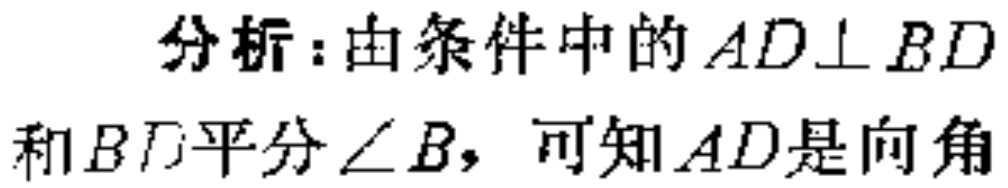
分析：由条件中的 \(AD\perp BD\) 和 \(BD\) 平分\(\angle B\)，可知 \(AD\) 是向角